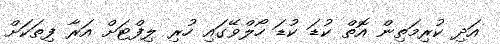
އަދި ކުރިމަތިން އޮތް ކުޑަ ކުޑަ ހޯލްވޭގައި ހުރި ލިފްޓަށް އަރާ ފިތަކަށް